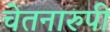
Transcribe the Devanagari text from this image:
चेतनारुपी